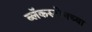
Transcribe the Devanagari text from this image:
ब्लॅकस्टोनच्या